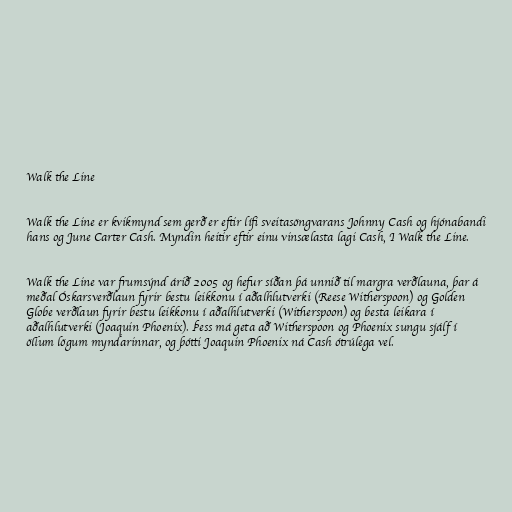
Walk the Line

Walk the Line er kvikmynd sem gerð er eftir lífi sveitasöngvarans Johnny Cash og hjónabandi
hans og June Carter Cash. Myndin heitir eftir einu vinsælasta lagi Cash, I Walk the Line.

Walk the Line var frumsýnd árið 2005 og hefur síðan þá unnið til margra verðlauna, þar á
meðal Óskarsverðlaun fyrir bestu leikkonu í aðalhlutverki (Reese Witherspoon) og Golden
Globe verðlaun fyrir bestu leikkonu í aðalhlutverki (Witherspoon) og besta leikara í
aðalhlutverki (Joaquin Phoenix). Þess má geta að Witherspoon og Phoenix sungu sjálf í
öllum lögum myndarinnar, og þótti Joaquin Phoenix ná Cash ótrúlega vel.